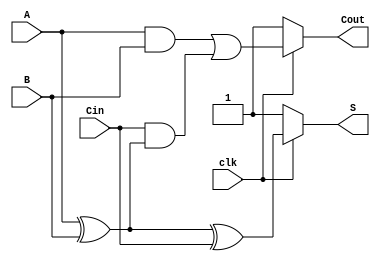
module dynamic_full_adder (
    input wire A,      // First binary input bit
    input wire B,      // Second binary input bit
    input wire Cin,    // Carry input bit
    input wire clk,    // Clock signal for controlling precharge and evaluation
    output wire S,     // Sum output
    output wire Cout   // Carry output
);

    // Internal signals for dynamic logic
    wire S_n, Cout_n; // Internal signals for S and Cout during evaluation
    wire A_xor_B;     // Intermediate signal for A XOR B

    // Precharge phase (when clk is low)
    assign S = ~clk ? 1'b1 : S_n; // Precharge S to 1 when clk is low
    assign Cout = ~clk ? 1'b1 : Cout_n; // Precharge Cout to 1 when clk is low

    // Evaluation phase (when clk is high)
    assign A_xor_B = A ^ B; // Compute A XOR B

    // Logic for Sum output (S)
    assign S_n = A_xor_B ^ Cin; // S = A XOR B XOR Cin

    // Logic for Carry-out output (Cout)
    assign Cout_n = (A & B) | (Cin & A_xor_B); // Cout = (A AND B) OR (Cin AND (A XOR B))

endmodule